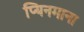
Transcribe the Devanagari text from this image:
प्यिनमाना